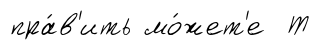
пра́в'ить мо́жет'е Т